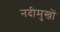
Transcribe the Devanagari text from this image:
नदीमुखों